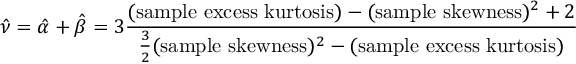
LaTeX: { \hat { \nu } } = { \hat { \alpha } } + { \hat { \beta } } = 3 { \frac { ( { \mathrm { s a m p l e ~ e x c e s s ~ k u r t o s i s } } ) - ( { \mathrm { s a m p l e ~ s k e w n e s s } } ) ^ { 2 } + 2 } { { \frac { 3 } { 2 } } ( { \mathrm { s a m p l e ~ s k e w n e s s } } ) ^ { 2 } - { \mathrm { ( s a m p l e ~ e x c e s s ~ k u r t o s i s ) } } } }